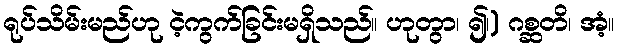
ရုပ်သိမ်းမည်ဟု ငဲ့ကွက်ခြင်းမရှိသည်။ ဟုတွာ၊ ၍၊) ဂစ္ဆတိ၊ အံ့။